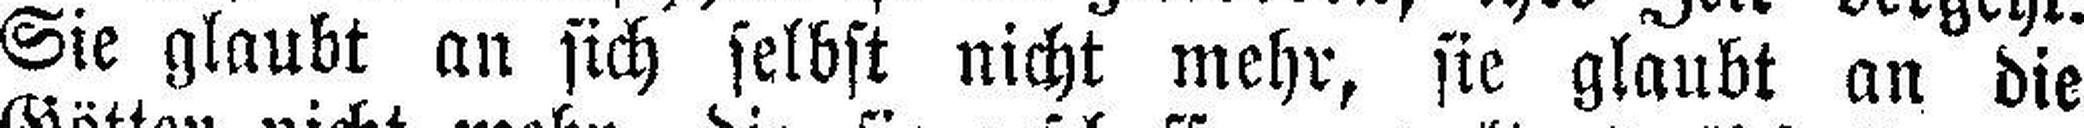
Sie glaubt an sich selbst nicht mehr, sie glaubt an die